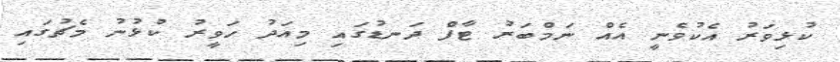
ކުޅިވަރު އެކުވެނީ އެއް ނަމްބަރު ޓާފް ދަނޑުގައި މިއަދު ހަވީރު ކުޅުނު މެޗުގައި